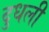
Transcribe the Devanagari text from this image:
दुधली